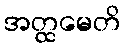
အတ္ထမေတိ